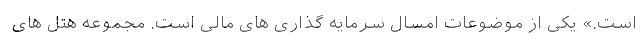
است.» یکی از موضوعات امسال سرمایه گذاری های مالی است. مجموعه هتل های